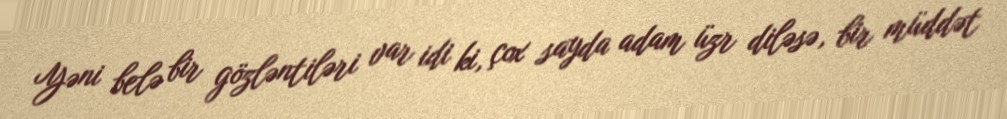
Yəni belə bir gözləntiləri var idi ki, çox sayda adam üzr diləsə, bir müddət